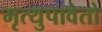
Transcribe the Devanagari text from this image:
मृत्युपावेतो